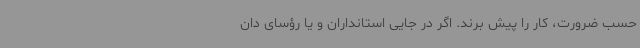
حسب ضرورت، کار را پیش برند. اگر در جایی استانداران و یا رؤسای دان